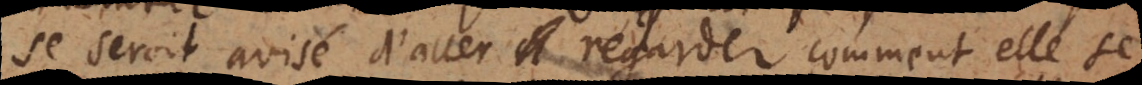
se seroit avisé d’aller regarder comment elle se